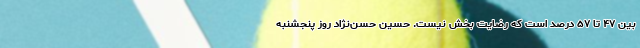
بین ۴۷ تا ۵۷ درصد است که رضایت بخش نیست. حسین حسن‌نژاد روز پنجشنبه